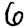
Digit: 6